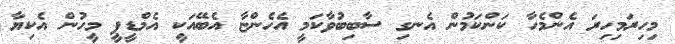
މިހިރަމިހިރަ އެންމެހާ ކަންކަމުން އެނގި ސާބިބުވާކަމީ އެހެންޏާ އެބޭއަކީ އެމްޑީޕީ މީހުން އެކިޔާ